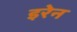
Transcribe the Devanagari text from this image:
इरेन